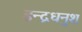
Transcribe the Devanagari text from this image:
इन्द्रधनुश